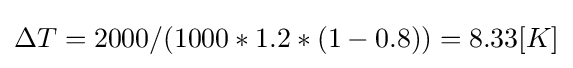
\Delta T=2000/(1000*1.2*(1-0.8))=8.33[K]